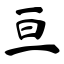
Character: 亘